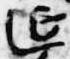
延